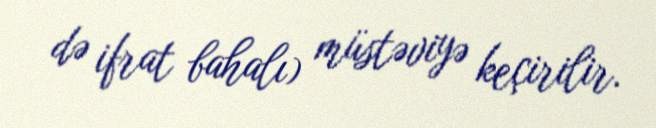
də ifrat bahalı) müstəviyə keçirilir.